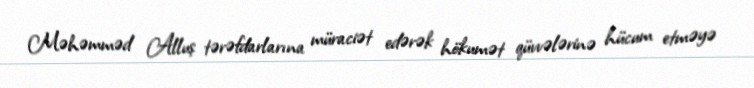
Məhəmməd Alluş tərəfdarlarına müraciət edərək hökumət qüvvələrinə hücum etməyə